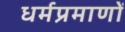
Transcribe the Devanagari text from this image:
धर्मप्रमाणों